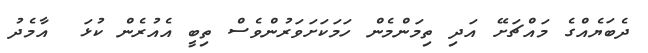
ދެބަޔެއްގެ މައްޗަށޭ އަދި ތިމަންމެން ހަމަކަށަވަރުންވެސް ތިބީ އެއުރެން ކުޅަ  އާމެދު